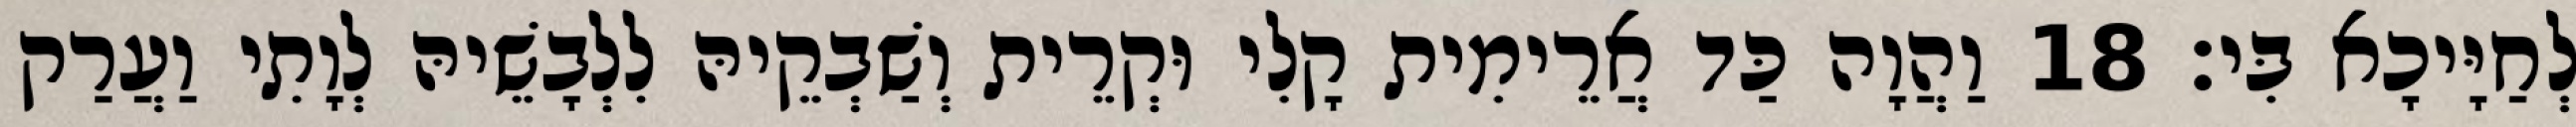
לְחַיָּיכָא בִּי׃ 18 וַהֲוָה כַּד אֲרֵימִית קָלִי וּקְרֵית וְשַׁבְקֵיהּ לִלְבָשֵׁיהּ לְוָתִי וַעֲרַק